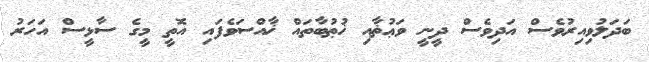
ބަދަލުވިއިރުވެސް އަދިވެސް ދީނީ ވަޢުޡާއި ޚުޠުބާތައް ޚާއްސަވެފައި އޮތީ މީގެ ސާޅީސް އަހަރު